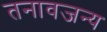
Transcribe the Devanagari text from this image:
तनावजन्य